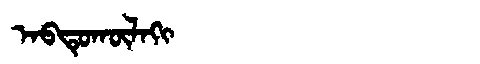
Manchu: ᠠᠪᡨᡠᡴᡡᠯᠠᡴᡳ
Romanization: ABTUKŪLAKI